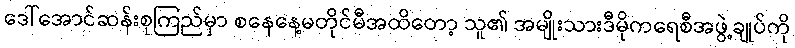
ဒေါ်အောင်ဆန်းစုကြည်မှာ စနေနေ့မတိုင်မီအထိတော့ သူ၏ အမျိုးသားဒီမိုကရေစီအဖွဲ့ချုပ်ကို